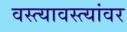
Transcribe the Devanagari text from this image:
वस्त्यावस्त्यांवर